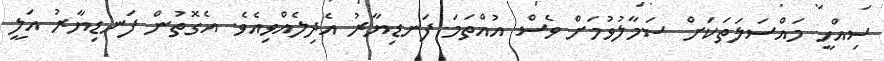
ސިއްހީ މައްސަލަތަކަށް ސަމާލުވުމަށް ވެސް އުއްތަމަ ފަނޑިޔާރު އެދިލެއްވިއެވެ. އެގޮތުން ފަނޑިޔާރު އަލީ